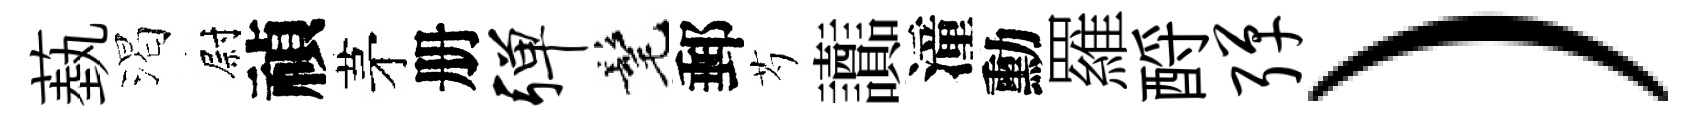
蓺渴尉禎茅册弹髦郵芍讟潼勳羅酹弹）